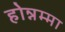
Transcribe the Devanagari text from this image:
होन्नम्मा